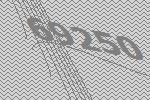
69250